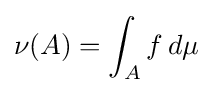
\nu (A)=\int _{A}f\,d\mu